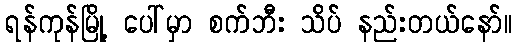
ရန်ကုန်မြို့ ပေါ်မှာ စက်ဘီး သိပ် နည်းတယ်နော်။